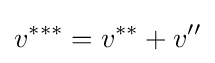
v^{***}=v^{**}+v''